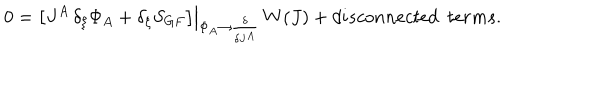
LaTeX: 0 = \left. \left[ J ^ { A } \, \delta _ { \xi } \Phi _ { A } + \delta _ { \xi } S _ { G F } \right] \right| _ { \Phi _ { A } \rightarrow \frac { \delta } { \delta J ^ { A } } } \, W ( J ) + d i s c o n n e c t e d ~ ~ t e r m s .